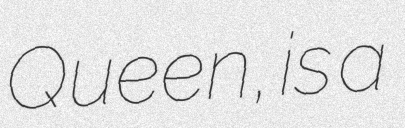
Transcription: Queen, is a